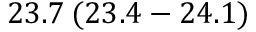
2 3 . 7 \: ( 2 3 . 4 - 2 4 . 1 )